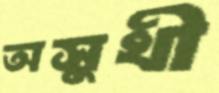
অসুখী